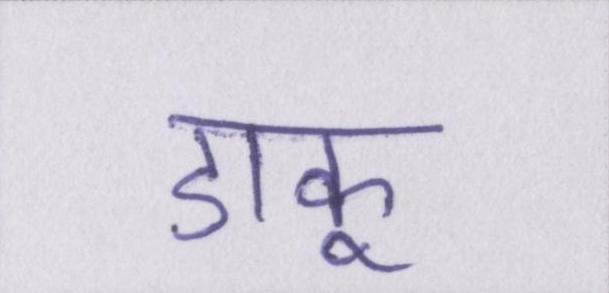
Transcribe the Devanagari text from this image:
डाकू